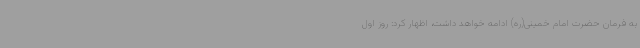
به فرمان حضرت امام خمینی(ره) ادامه خواهد داشت، اظهار کرد: روز اول